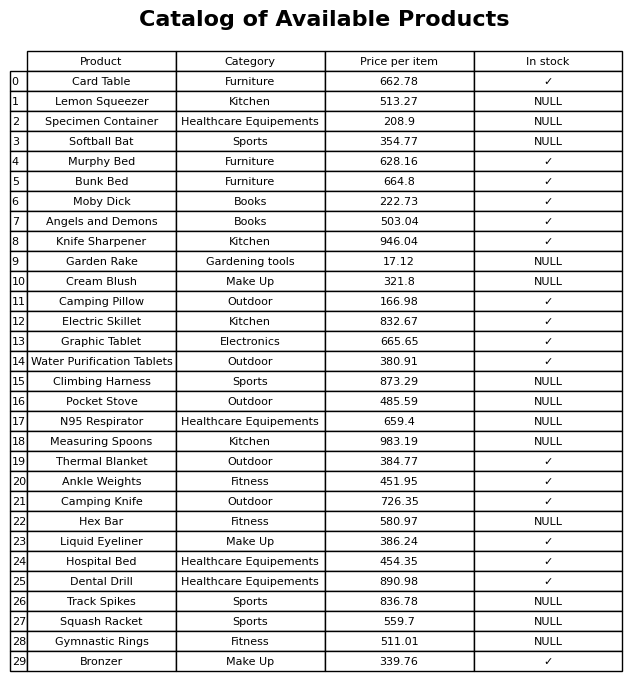
question: What is the price for Ankle Weights?
answer: The price of Ankle Weights is 451.95.